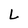
Character: L